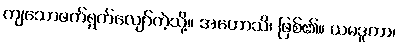
ကျသောဖက်ရွက်လျော်ကဲ့သို့။ အဟောသိ၊ ဖြစ်၏။ ယမဒူတာ၊